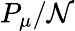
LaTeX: P_{\mu}/\mathcal{N}